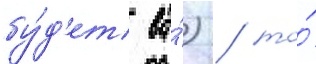
бу́д'ет ва́) / то́